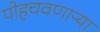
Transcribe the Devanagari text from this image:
पोहचवणाऱ्या